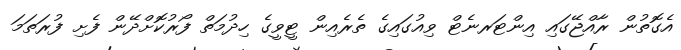
އެގޮތުން ރާއްޖޭގައި އިންޓަރނެޓް ވިއުގައިގެ ތެރެއިން ޓީވީގެ ހިދުމަތް ފޯރުކޮށްދޭން ފެށި ފުރަތަމަ